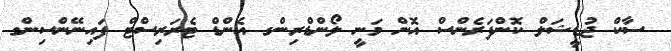
ސާކް ޖުޑީޝަލް ކޮންފަރެންސް އޮން މަނީ ލޯންޑްރިންގ އެންޑް ޓެރަރިސްޓް ފައިނޭންސިންގ